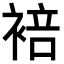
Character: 𬡣